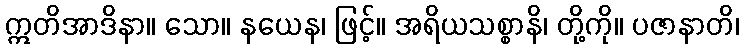
ဣတိအာဒိနာ။ သော။ နယေန၊ ဖြင့်။ အရိယသစ္စာနိ၊ တို့ကို။ ပဇာနာတိ၊